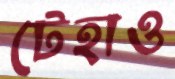
টেহাও